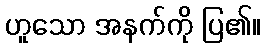
ဟူသော အနက်ကို ပြ၏။